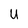
Character: U